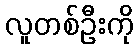
လူတစ်ဦးကို